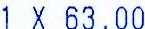
1 X 63.00